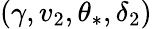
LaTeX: (\gamma,v_{2},\theta_{*},\delta_{2})